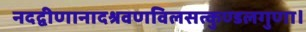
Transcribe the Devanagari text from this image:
नदद्वीणानादश्रवणविलसत्कुण्डलगुणा।